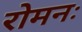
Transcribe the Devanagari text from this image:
रोमनः